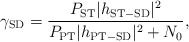
\begin{align*}\gamma_{\mathrm{SD}} = \frac{P_{\mathrm{ST}}|h_{\mathrm{ST-SD}}|^2}{P_{\mathrm{PT}}|h_{\mathrm{PT-SD}}|^2 + N_0},\end{align*}